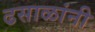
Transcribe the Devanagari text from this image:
ढसाळांनी